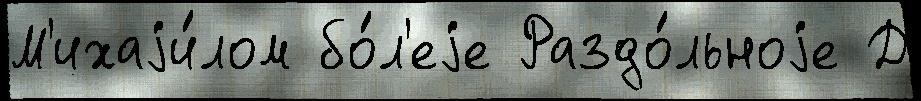
М'ихаjи́лом бо́л'еjе Раздо́льноjе Д